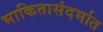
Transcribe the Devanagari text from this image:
भाकितासंदर्भात